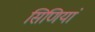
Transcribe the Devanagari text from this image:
सिणियां